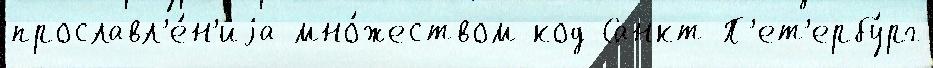
прославл'е́н'иjа мно́жеством код Санкт-П'ет'ербу́рг